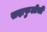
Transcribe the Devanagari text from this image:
सदाफुलीची